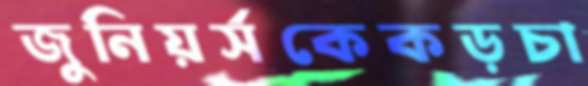
জুনিয়র্সকেকড়চা